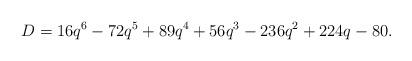
LaTeX: \begin{align*}D=16q^6-72q^5+89q^4+56q^3-236q^2+224q-80.\end{align*}